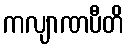
ကလျာဏပီတိ